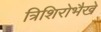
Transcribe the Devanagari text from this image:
त्रिशिरोभैखे